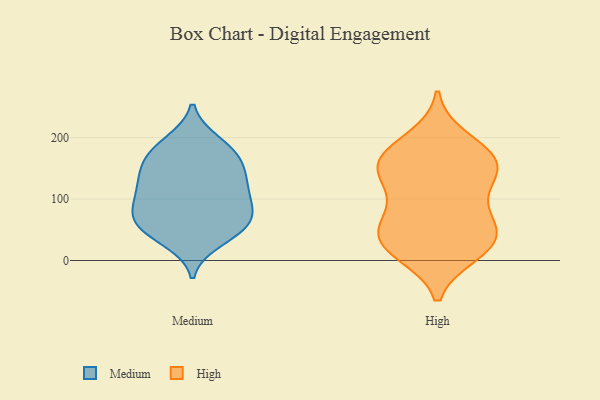
{"axis": {"x": "Budget (USD K)", "y": "Value"}, "legend": ["High", "Medium"], "data": [{"x": "", "y": 176, "type": "Medium"}, {"x": "", "y": 121, "type": "Medium"}, {"x": "", "y": 124, "type": "Medium"}, {"x": "", "y": 148, "type": "Medium"}, {"x": "", "y": 45, "type": "Medium"}, {"x": "", "y": 48, "type": "Medium"}, {"x": "", "y": 165, "type": "Medium"}, {"x": "", "y": 189, "type": "Medium"}, {"x": "", "y": 76, "type": "Medium"}, {"x": "", "y": 68, "type": "Medium"}, {"x": "", "y": 71, "type": "Medium"}, {"x": "", "y": 102, "type": "Medium"}, {"x": "", "y": 55, "type": "Medium"}, {"x": "", "y": 134, "type": "Medium"}, {"x": "", "y": 32, "type": "Medium"}, {"x": "", "y": 157, "type": "Medium"}, {"x": "", "y": 84, "type": "Medium"}, {"x": "", "y": 104, "type": "Medium"}, {"x": "", "y": 193, "type": "Medium"}, {"x": "", "y": 198, "type": "High"}, {"x": "", "y": 165, "type": "High"}, {"x": "", "y": 179, "type": "High"}, {"x": "", "y": 126, "type": "High"}, {"x": "", "y": 153, "type": "High"}, {"x": "", "y": 163, "type": "High"}, {"x": "", "y": 62, "type": "High"}, {"x": "", "y": 49, "type": "High"}, {"x": "", "y": 22, "type": "High"}, {"x": "", "y": 48, "type": "High"}, {"x": "", "y": 12, "type": "High"}, {"x": "", "y": 101, "type": "High"}, {"x": "", "y": 18, "type": "High"}, {"x": "", "y": 146, "type": "High"}, {"x": "", "y": 68, "type": "High"}, {"x": "", "y": 148, "type": "High"}, {"x": "", "y": 27, "type": "High"}]}